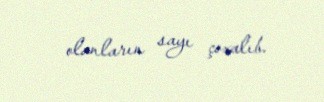
olanların sayı çoxalıb.